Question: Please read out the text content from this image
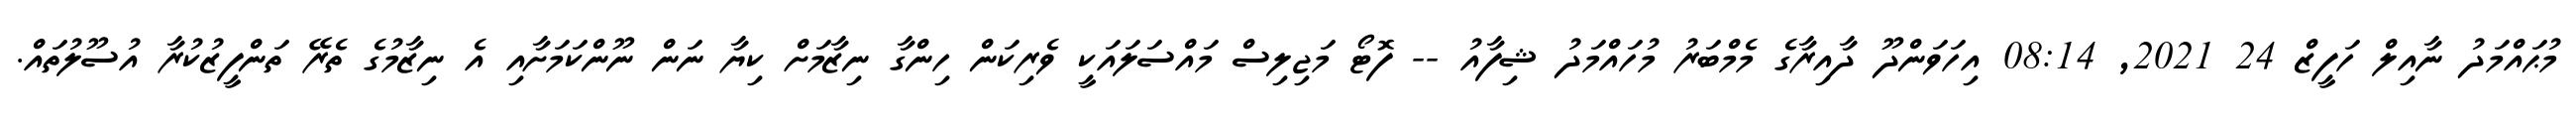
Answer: މުޙައްމަދު ނާއިލް ހަފީޒް 24 2021, 08:14 އިހަވަންދޫ ދާއިރާގެ މެމްބަރު މުހައްމަދު ޝިފާއު -- ފޮޓޯ މަޖިލިސް މައްސަލައަކީ ވެރިކަން ހިންގާ ނިޒާމަށް ކިޔާ ނަން ނޫންކަމަށާއި އެ ނިޒާމުގެ ތެރޭ ތަންފީޒުކުރާ އުސޫލުތައް.